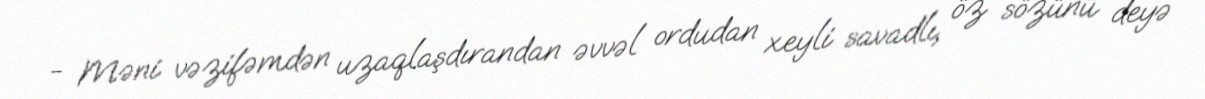
- Məni vəzifəmdən uzaqlaşdırandan əvvəl ordudan xeyli savadlı, öz sözünü deyə